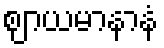
ဈာယမာနာနံ